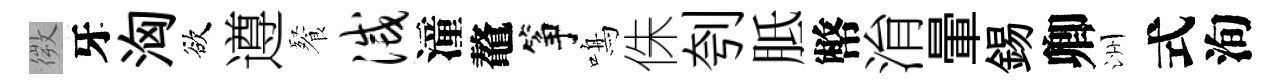
微牙洶欲遵餐灭潼鼇筝鳴侏刳胝幣㳙暈錫卿洲式洵